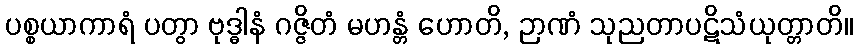
ပစ္စယာကာရံ ပတွာ ဗုဒ္ဓါနံ ဂဇ္ဇိတံ မဟန္တံ ဟောတိ, ဉာဏံ သုညတာပဋိသံယုတ္တာတိ။